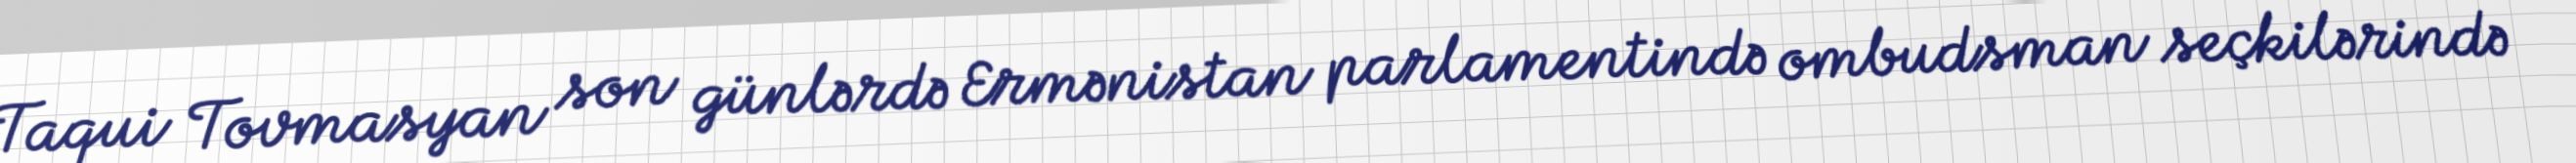
Taqui Tovmasyan son günlərdə Ermənistan parlamentində ombudsman seçkilərində